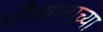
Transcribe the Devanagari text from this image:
चौकानाच्या